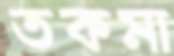
তকমা